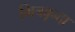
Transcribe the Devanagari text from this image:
मित्रवृन्दा